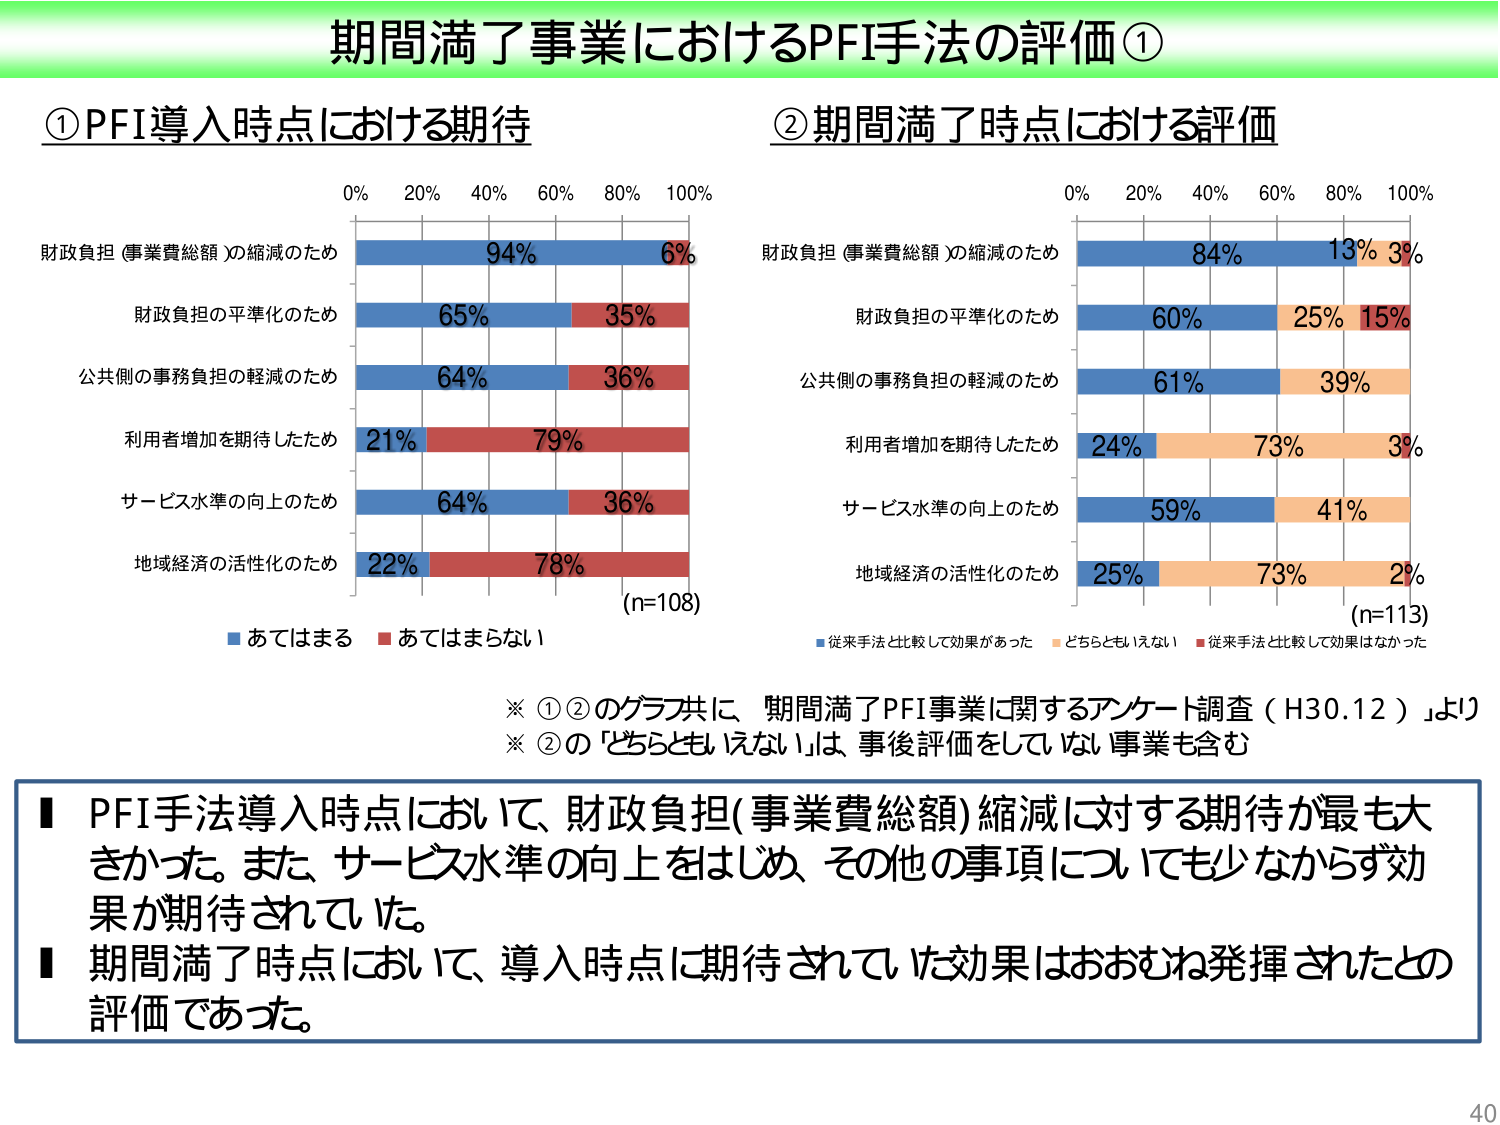
期間満了事業におけるPFI手法の評価①

①PFI導入時点における期待
0% 20% 40% 60% 80% 100%
財政負担（事業費総額）の縮減のため 94% 6%
財政負担の平準化のため 65% 35%
公共側の事務負担の軽減のため 64% 36%
利用者増加を期待したため 21% 79%
サービス水準の向上のため 64% 36%
地域経済の活性化のため 22% 78%
(n=108)
■あてはまる ■あてはまらない

②期間満了時点における評価
0% 20% 40% 60% 80% 100%
財政負担（事業費総額）の縮減のため 84% 13% 3%
財政負担の平準化のため 60% 25% 15%
公共側の事務負担の軽減のため 61% 39%
利用者増加を期待したため 24% 73% 3%
サービス水準の向上のため 59% 41%
地域経済の活性化のため 25% 73% 2%
(n=113)
■従来手法と比較して効果があった ■どちらともいえない ■従来手法と比較して効果はなかった

※①②のグラフ共に、「期間満了PFI事業に関するアンケート調査（H30.12）」より
※②の「どちらともいえない」は、事後評価をしていない事業も含む

■PFI手法導入時点において、財政負担（事業費総額）縮減に対する期待が最も大きかった。また、サービス水準の向上をはじめ、その他の事項についても少なからず効果が期待されていた。
■期間満了時点において、導入時点に期待されていた効果はおおむね発揮されたとの評価であった。

40